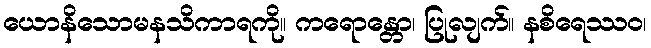
ယောနိသောမနသိကာရကို။ ကရောန္တော၊ ပြုလျက်။ နစိရေဿဝ၊